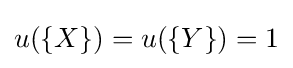
u(\{X\})=u(\{Y\})=1